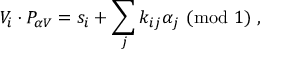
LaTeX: V _ { i } \cdot P _ { \alpha V } = s _ { i } + \sum _ { j } k _ { i j } \alpha _ { j } ~ ( { \mathrm { m o d } } ~ 1 ) ~ ,